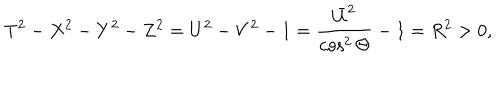
LaTeX: T ^ { 2 } - X ^ { 2 } - Y ^ { 2 } - Z ^ { 2 } = U ^ { 2 } - V ^ { 2 } - 1 = \frac { \bar { U } ^ { 2 } } { \cos ^ { 2 } \Theta } - 1 = R ^ { 2 } > 0 ,